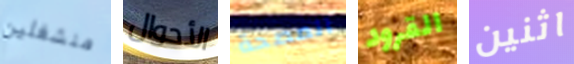
منشغلين الأحوال المصحة القرود اثنين